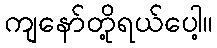
ကျနော်တို့ရယ်ပေါ့။